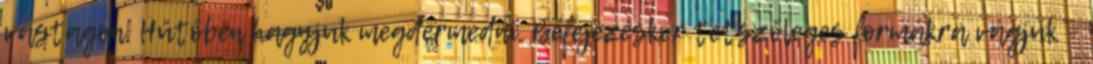
vastagon. Hűtőben hagyjuk megdermedni. Befejezéskor tetszőleges formákra vágjuk –